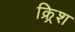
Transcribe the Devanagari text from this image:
क्र्रिश